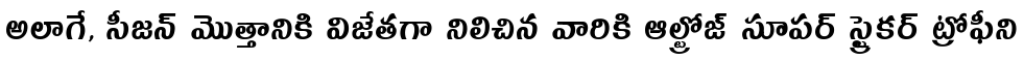
అలాగే, సీజన్ మొత్తానికి విజేతగా నిలిచిన వారికి ఆల్ట్రోజ్ సూపర్ స్ట్రైకర్ ట్రోఫీని